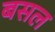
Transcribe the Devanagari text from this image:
बसल